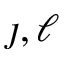
\jmath , \ell